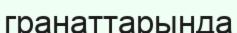
гранаттарында